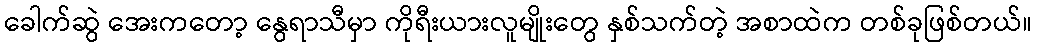
ခေါက်ဆွဲ အေးကတော့ နွေရာသီမှာ ကိုရီးယားလူမျိုးတွေ နှစ်သက်တဲ့ အစာထဲက တစ်ခုဖြစ်တယ်။